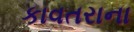
કાવતરાના